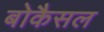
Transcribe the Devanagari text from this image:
बोकैसल